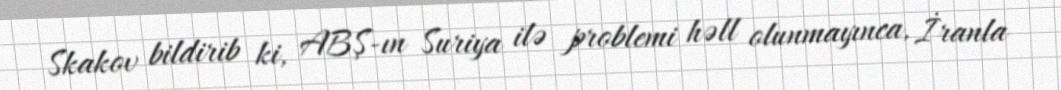
Skakov bildirib ki, ABŞ-ın Suriya ilə problemi həll olunmayınca, İranla